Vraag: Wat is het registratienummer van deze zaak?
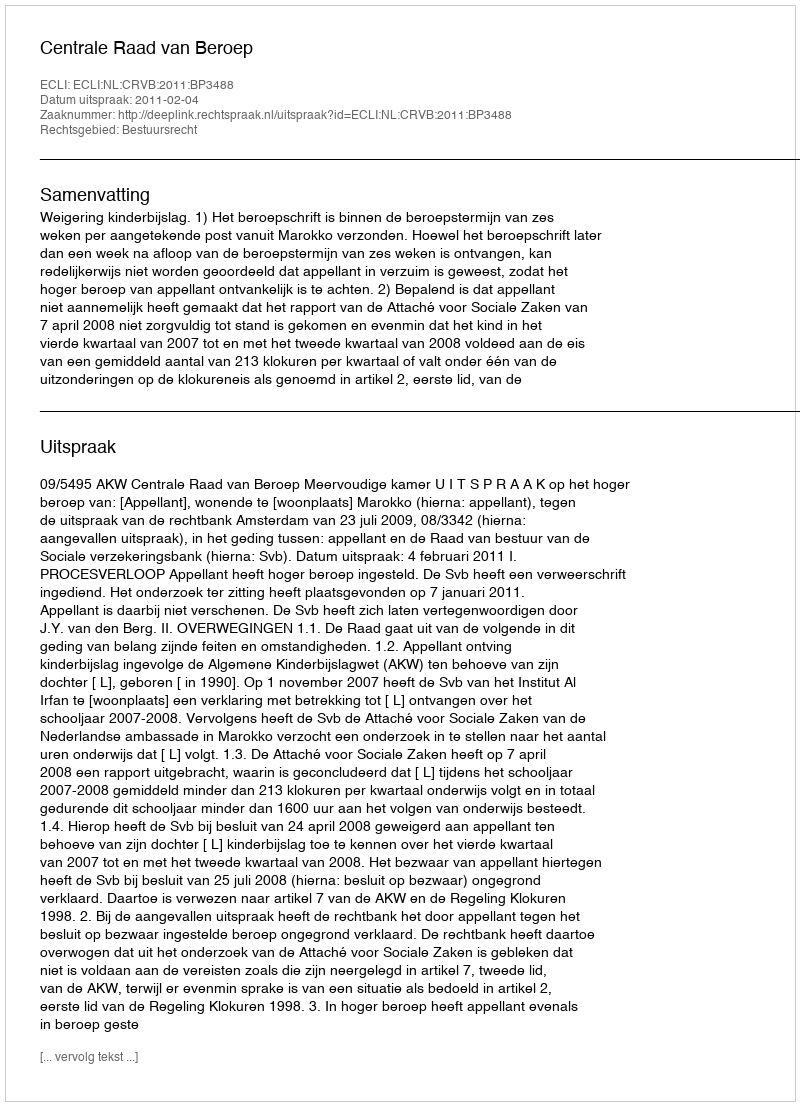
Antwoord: http://deeplink.rechtspraak.nl/uitspraak?id=ECLI:NL:CRVB:2011:BP3488